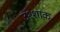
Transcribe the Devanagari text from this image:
उश्शाक़